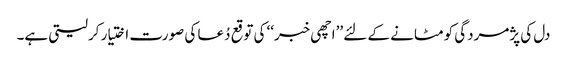
دل کی پژمردگی کو مٹانے کے لئے ’’اچھی خبر‘‘ کی توقع دُعا کی صورت اختیار کرلیتی ہے۔